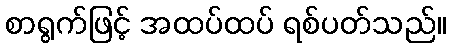
စာရွက်ဖြင့် အထပ်ထပ် ရစ်ပတ်သည်။